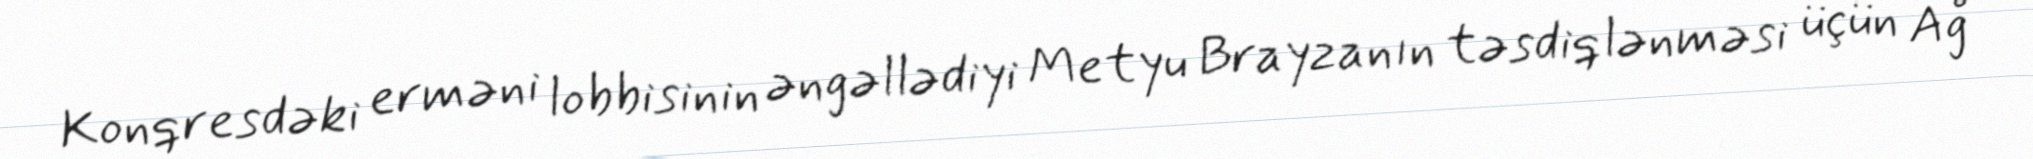
Konqresdəki erməni lobbisinin əngəllədiyi Metyu Brayzanın təsdiqlənməsi üçün Ağ